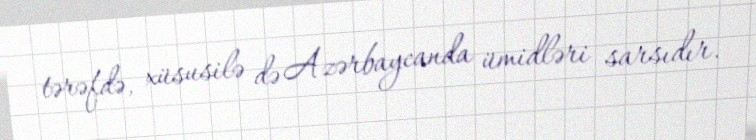
tərəfdə, xüsusilə də Azərbaycanda ümidləri sarsıdır.